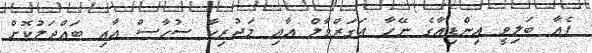
ޕެއާ ބަލިވީ އިންޑިއާގެ ނޭހާ އަގަރްވާލް އާއި މަދުރިކާ ސުހާސް އާއި ބައްދަލުކޮށް